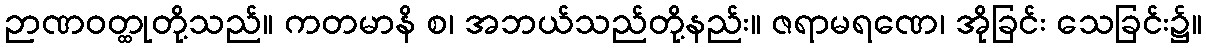
ဉာဏဝတ္ထုတို့သည်။ ကတမာနိ စ၊ အဘယ်သည်တို့နည်း။ ဇရာမရဏေ၊ အိုခြင်း သေခြင်း၌။